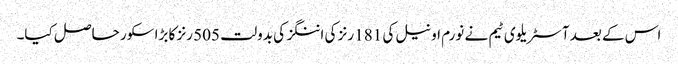
اس کے بعد آسٹریلوی ٹیم نے نورم او نیل کی 181 رنز کی اننگز کی بدولت 505 رنز کا بڑا سکور حاصل کیا۔